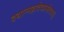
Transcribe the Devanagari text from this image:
दद्यान्महादेवप्रमोदया॥